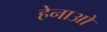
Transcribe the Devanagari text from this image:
हेनाओ